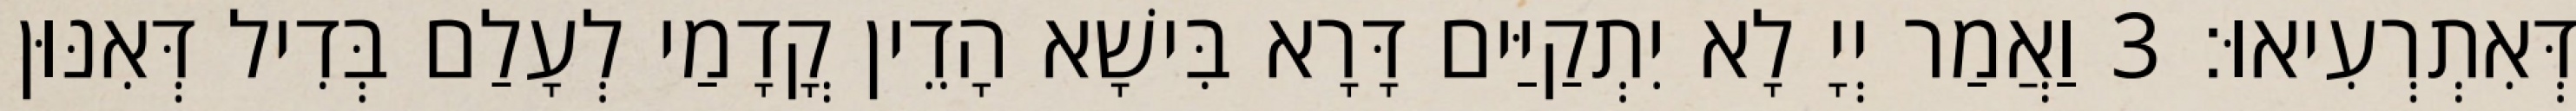
דְּאִתְרְעִיאוּ׃ 3 וַאֲמַר יְיָ לָא יִתְקַיַּים דָּרָא בִּישָׁא הָדֵין קֳדָמַי לְעָלַם בְּדִיל דְּאִנּוּן